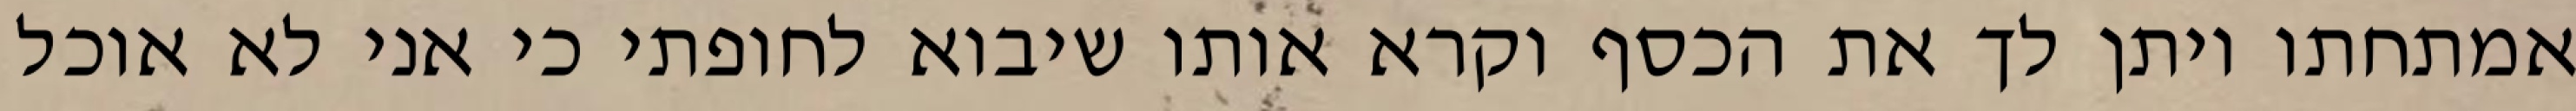
אמתחתו ויתן לך את הכסף וקרא אותו שיבוא לחופתי כי אני לא אוכל